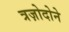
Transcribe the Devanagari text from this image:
त्रज़ोदोने